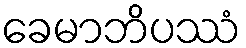
ခေမာဘိပဿံ